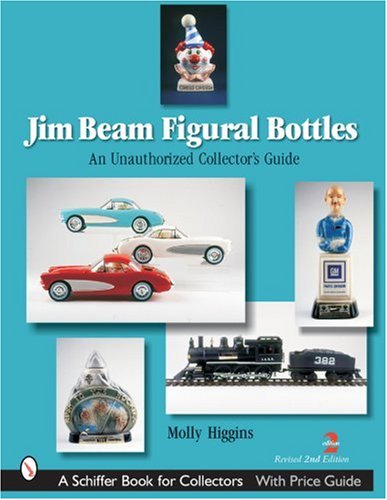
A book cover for Jim Beam Figural Bottles: An Unauthorized Collector's Guide (Schiffer Book for Collectors); Molly Higgins; Crafts, Hobbies & Home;